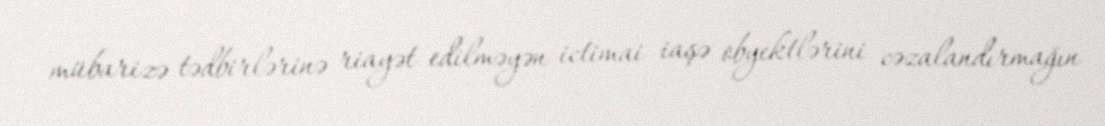
mübarizə tədbirlərinə riayət edilməyən ictimai iaşə obyektlərini cəzalandırmağın